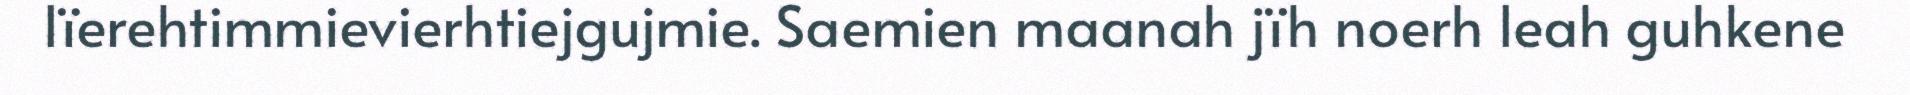
lïerehtimmievierhtiejgujmie. Saemien maanah jïh noerh leah guhkene